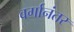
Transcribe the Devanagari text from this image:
वर्गानंतर